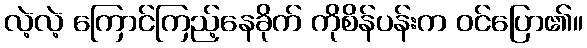
လဲ့လဲ့ ကြောင်ကြည့်နေခိုက် ကိုစိန်ပန်းက ဝင်ပြော၏။